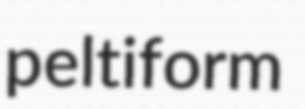
peltiform